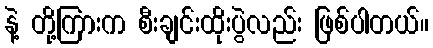
နဲ့ တို့ကြားက စီးချင်းထိုးပွဲလည်း ဖြစ်ပါတယ်။